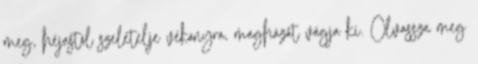
meg, héjastól szeletelje vékonyra, magházát vágja ki. Olvassza meg